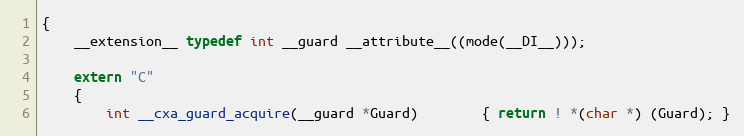
Language: C++
{
	__extension__ typedef int __guard __attribute__((mode(__DI__)));

	extern "C"
	{
		int __cxa_guard_acquire(__guard *Guard)		{ return ! *(char *) (Guard); }